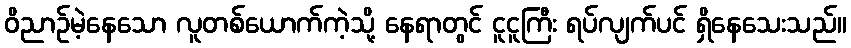
ဝိညာဉ်မဲ့နေသော လူတစ်ယောက်ကဲ့သို့ နေရာတွင် ငူငူကြီး ရပ်လျက်ပင် ရှိနေသေးသည်။